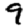
Digit: 9